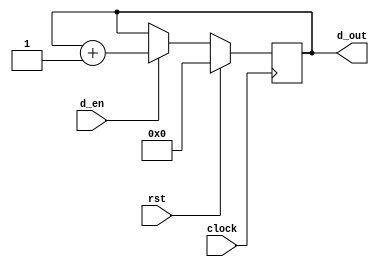
// This program was cloned from: https://github.com/haojunliu/OpenFPGA
// License: BSD 2-Clause "Simplified" License

module counter
(
    d_out, clock, rst, d_en
);

    input clock;
    input rst;
    input d_en;
    output [11:0] d_out;

    reg [11:0] counter;

    always @ (posedge clock)
        if(rst)
        begin
            counter <= 12'b0;
        end
        else if(d_en)
        begin
            counter <= counter + 1'b1;
        end
        else
        begin
            counter <= counter;
        end

    assign d_out = counter;

endmodule